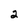
Character: 2